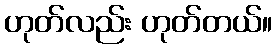
ဟုတ်လည်း ဟုတ်တယ်။